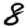
Digit: 8